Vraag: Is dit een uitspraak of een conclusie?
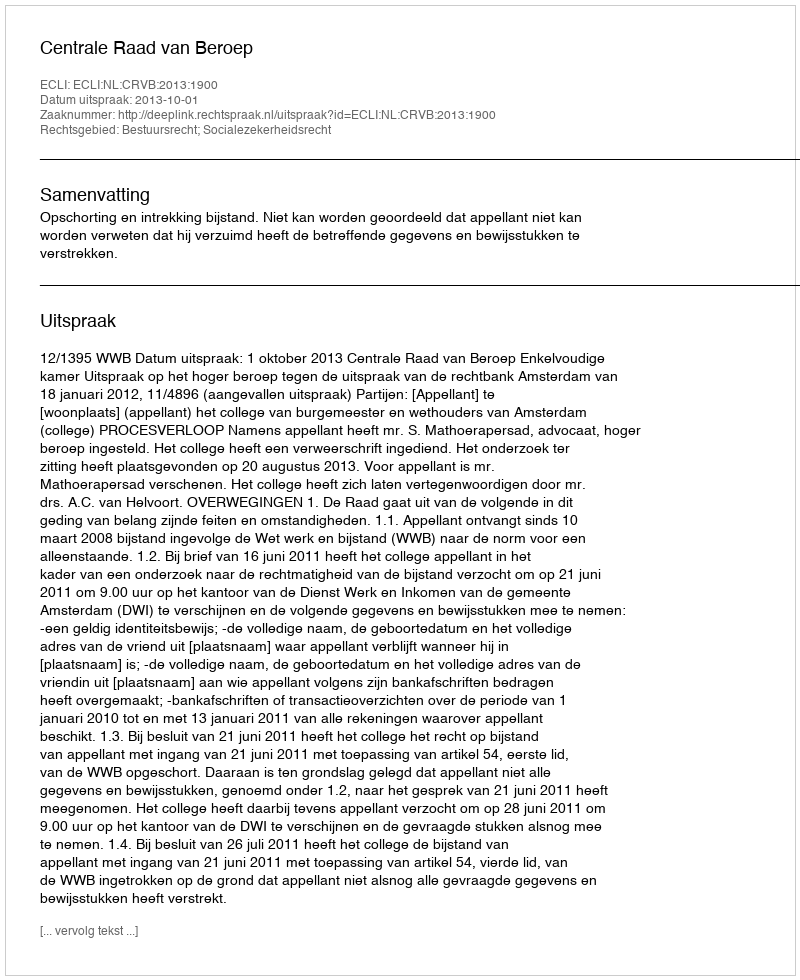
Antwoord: Uitspraak